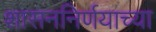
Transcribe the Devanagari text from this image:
शासननिर्णयाच्या